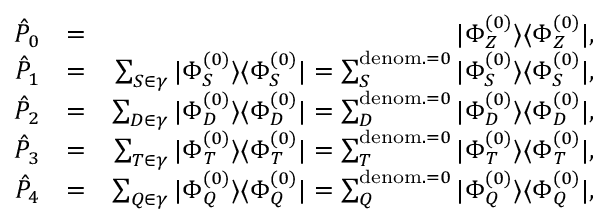
\begin{array} { r l r } { \hat { P } _ { 0 } } & { = } & { | \Phi _ { Z } ^ { ( 0 ) } \rangle \langle \Phi _ { Z } ^ { ( 0 ) } | , } \\ { \hat { P } _ { 1 } } & { = } & { \sum _ { S \in \gamma } | \Phi _ { S } ^ { ( 0 ) } \rangle \langle \Phi _ { S } ^ { ( 0 ) } | = \sum _ { S } ^ { { \mathrm { d e n o m . } = 0 } } | \Phi _ { S } ^ { ( 0 ) } \rangle \langle \Phi _ { S } ^ { ( 0 ) } | , } \\ { \hat { P } _ { 2 } } & { = } & { \sum _ { D \in \gamma } | \Phi _ { D } ^ { ( 0 ) } \rangle \langle \Phi _ { D } ^ { ( 0 ) } | = \sum _ { D } ^ { { \mathrm { d e n o m . } = 0 } } | \Phi _ { D } ^ { ( 0 ) } \rangle \langle \Phi _ { D } ^ { ( 0 ) } | , } \\ { \hat { P } _ { 3 } } & { = } & { \sum _ { T \in \gamma } | \Phi _ { T } ^ { ( 0 ) } \rangle \langle \Phi _ { T } ^ { ( 0 ) } | = \sum _ { T } ^ { { \mathrm { d e n o m . } = 0 } } | \Phi _ { T } ^ { ( 0 ) } \rangle \langle \Phi _ { T } ^ { ( 0 ) } | , } \\ { \hat { P } _ { 4 } } & { = } & { \sum _ { Q \in \gamma } | \Phi _ { Q } ^ { ( 0 ) } \rangle \langle \Phi _ { Q } ^ { ( 0 ) } | = \sum _ { Q } ^ { { \mathrm { d e n o m . } = 0 } } | \Phi _ { Q } ^ { ( 0 ) } \rangle \langle \Phi _ { Q } ^ { ( 0 ) } | , } \end{array}